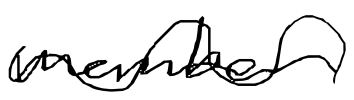
Text: member
Cross-out: wave
Writing tool: digital_black